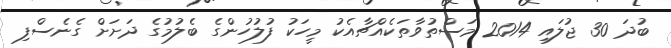
ބުދަ 30 ޖުލައި 2014 މަސްތުވާތަކެއްޗާއެކު މީހަކު ފުލުހުންގެ ބެލުމުގެ ދަށަށް ގެނެސްފި